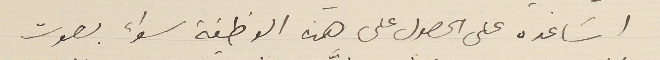
اسَاعده على الحصول على هذه الوظيفة سواء بصوت